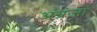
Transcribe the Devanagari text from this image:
अंग्रंजों